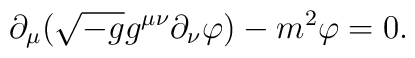
\partial_{\mu}(\sqrt{-g}g^{\mu\nu}\partial_{\nu}\varphi)-m^2\varphi=0.